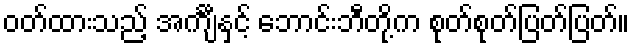
ဝတ်ထားသည့် အင်္ကျီနှင့် ဘောင်းဘီတို့က စုတ်စုတ်ပြတ်ပြတ်။